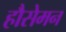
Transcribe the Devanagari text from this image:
हौसेमन